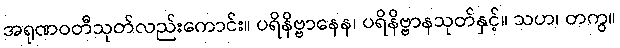
အရုဏဝတီသုတ်လည်းကောင်း။ ပရိနိဗ္ဗာနေန၊ ပရိနိဗ္ဗာနသုတ်နှင့်။ သဟ၊ တကွ။